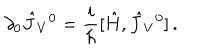
LaTeX: \partial _ { 0 } \hat { J } _ { V } { } ^ { 0 } = { \frac { i } { \hbar } } [ \hat { H } , \hat { J } _ { V } { } ^ { 0 } ] \, .